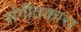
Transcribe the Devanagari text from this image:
संगीतकारा